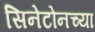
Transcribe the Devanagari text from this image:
सिनेटोनच्या